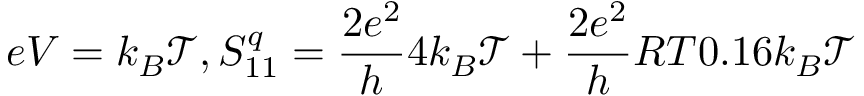
e V = k _ { B } \mathcal { T } , S _ { 1 1 } ^ { q } = \frac { 2 e ^ { 2 } } { h } 4 k _ { B } \mathcal { T } + \frac { 2 e ^ { 2 } } { h } R T 0 . 1 6 k _ { B } \mathcal { T }